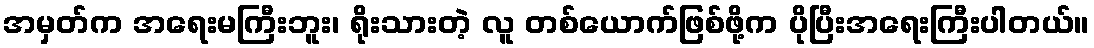
အမှတ်က အရေးမကြီးဘူး၊ ရိုးသားတဲ့ လူ တစ်ယောက်ဖြစ်ဖို့က ပိုပြီးအရေးကြီးပါတယ်။